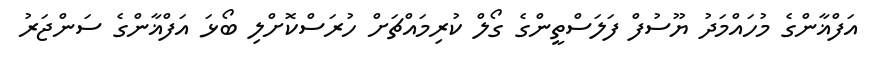
އަފްޣާންގެ މުހައްމަދު ޔޫސުފް ފަލަސްތީންގެ ގޯލް ކުރިމައްޗަށް ހުރަސްކޮށްލި ބޯޅަ އަފްޣާންގެ ސަންޖަރު